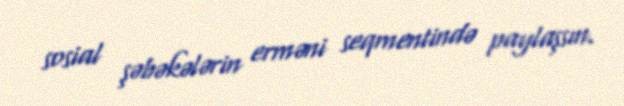
sosial şəbəkələrin erməni seqmentində paylaşsın.